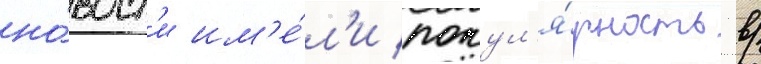
но́вост'и им'е́л'и попул'я́рность в